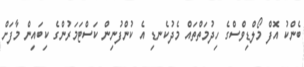
ބެންކު އޮފް މޯލްޑިވްސްގެ ހިދުމަތްތައް މެދުކެނޑި އެ ކުންފުނިން ކަސްޓަމަރުންގެ ކިބައިން މާފަށް